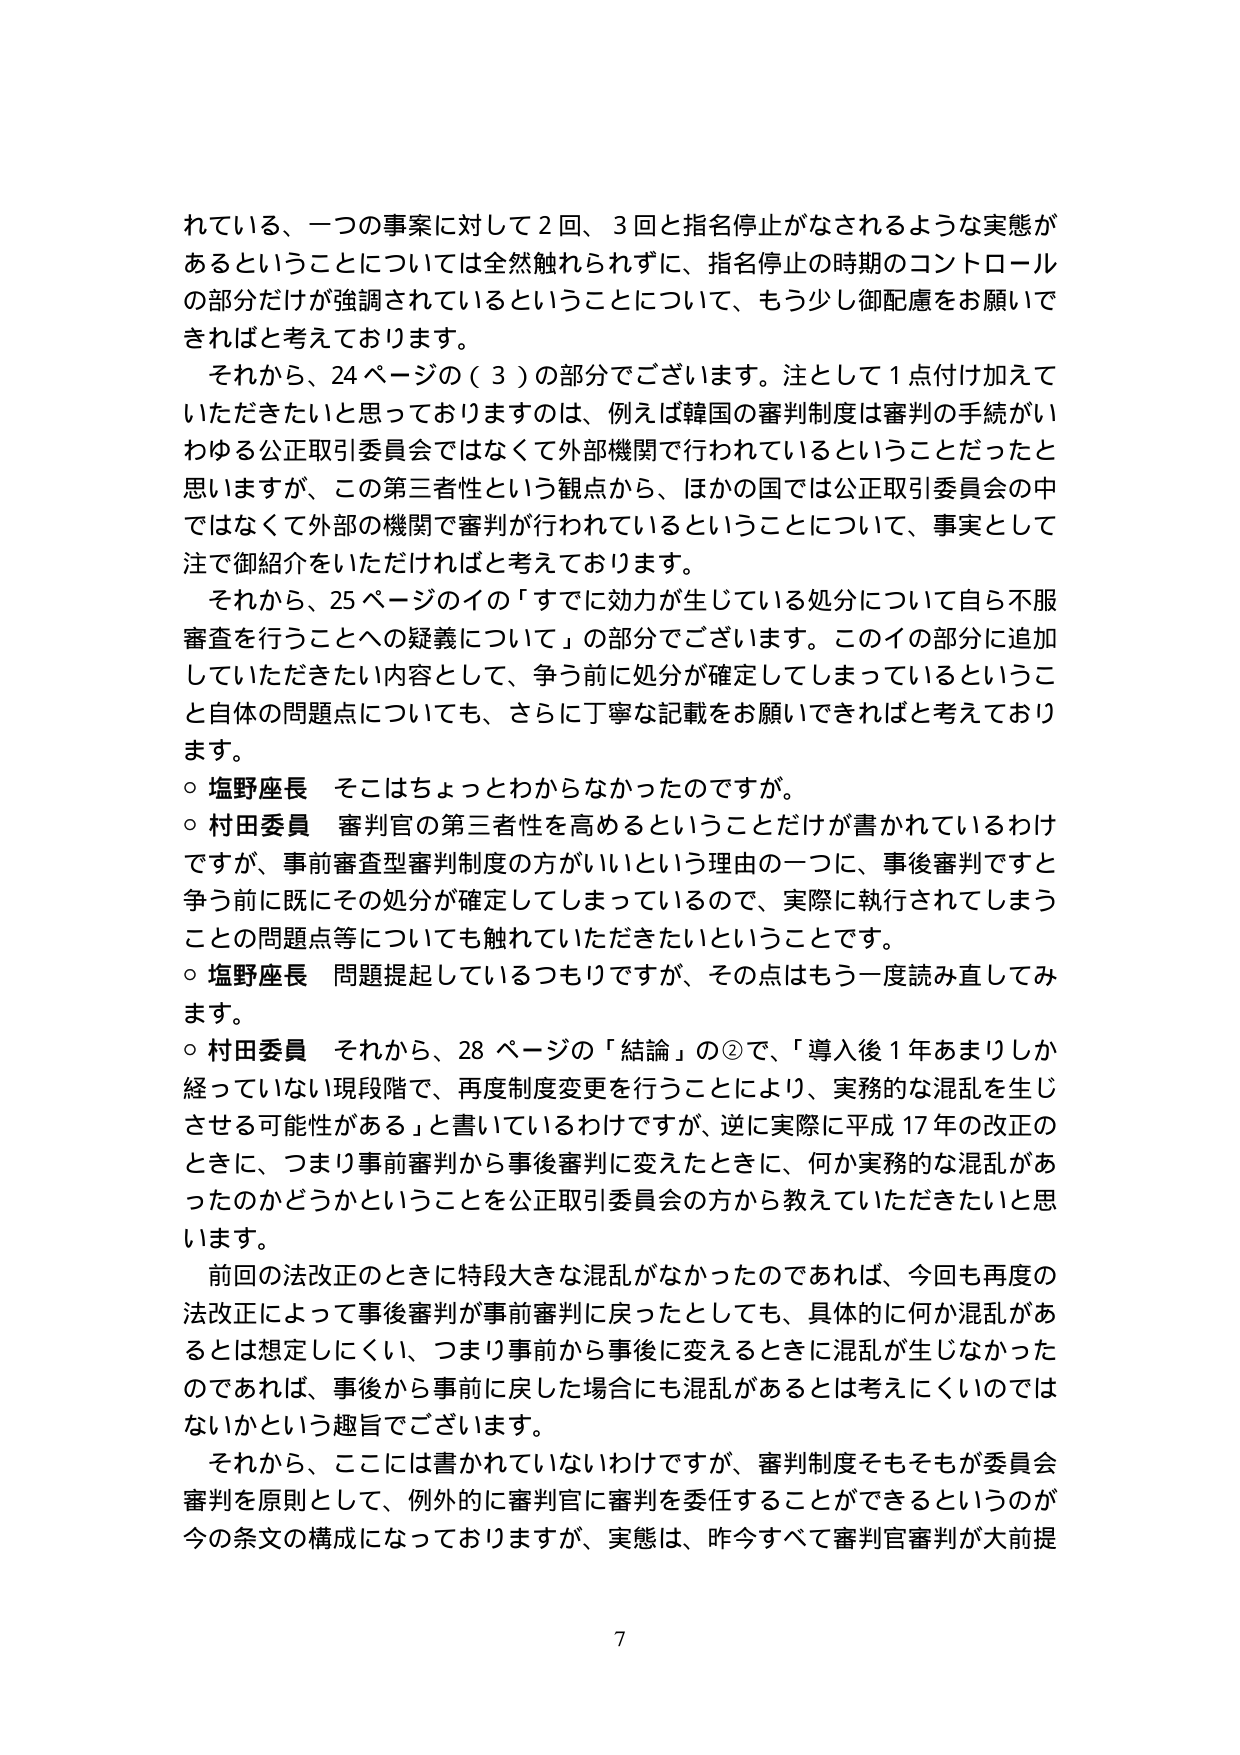
れている、一つの事案に対して２回、３回と指名停止がなされるような実態があるということについては全然触れられずに、指名停止の時期のコントロールの部分だけが強調されているということについて、もう少し御配慮をお願いできればと考えております。

それから、24ページの（３）の部分でございます。注として１点付け加えていただきたいと思っておりますのは、例えば韓国の審判制度は審判の手続がいわゆる公正取引委員会ではなくて外部機関で行われているということだったと思いますが、この第三者性という観点から、ほかの国では公正取引委員会の中ではなくて外部の機関で審判が行われているということについて、事実として注で御紹介をいただければと考えております。

それから、25ページのイの「すでに効力が生じている処分について自ら不服審査を行うことへの疑義について」の部分でございます。このイの部分に追加していただきたい内容として、争う前に処分が確定してしまっているということ自体の問題点についても、さらに丁寧な記載をお願いできればと考えております。

○ 塩野座長　そこはちょっとわからなかったのですが。

○ 村田委員　審判官の第三者性を高めるということだけが書かれているわけですが、事前審査型審判制度の方がいいという理由の一つに、事後審判ですと争う前に既にその処分が確定してしまっているので、実際に執行されてしまうことの問題点等についても触れしていただきたいということです。

○ 塩野座長　問題提起しているつもりですが、その点はもう一度読み直してみます。

○ 村田委員　それから、28ページの「結論」の②で、「導入後１年あまりしか経っていない現段階で、再度制度変更を行うことにより、実務的な混乱を生じさせる可能性がある」と書いているわけですが、逆に実際に平成17年の改正のときに、つまり事前審判から事後審判に変えたときに、何か実務的な混乱があったのかどうかということを公正取引委員会の方から教えていただきたいと思います。

前回の法改正のときに特段大きな混乱がなかったのであれば、今回も再度の法改正によって事後審判が事前審判に戻ったとしても、具体的に何か混乱があるとは想定しにくい、つまり事前から事後に変えるときに混乱が生じなかったのであれば、事後から事前に戻した場合にも混乱があるとは考えにくいのではないかという趣旨でございます。

それから、ここには書かれていないわけですが、審判制度そもそもが委員会審判を原則として、例外的に審判官に審判を委任することができるというのが今の条文の構成になっておりますが、実態は、昨今すべて審判官審判が大前提

7